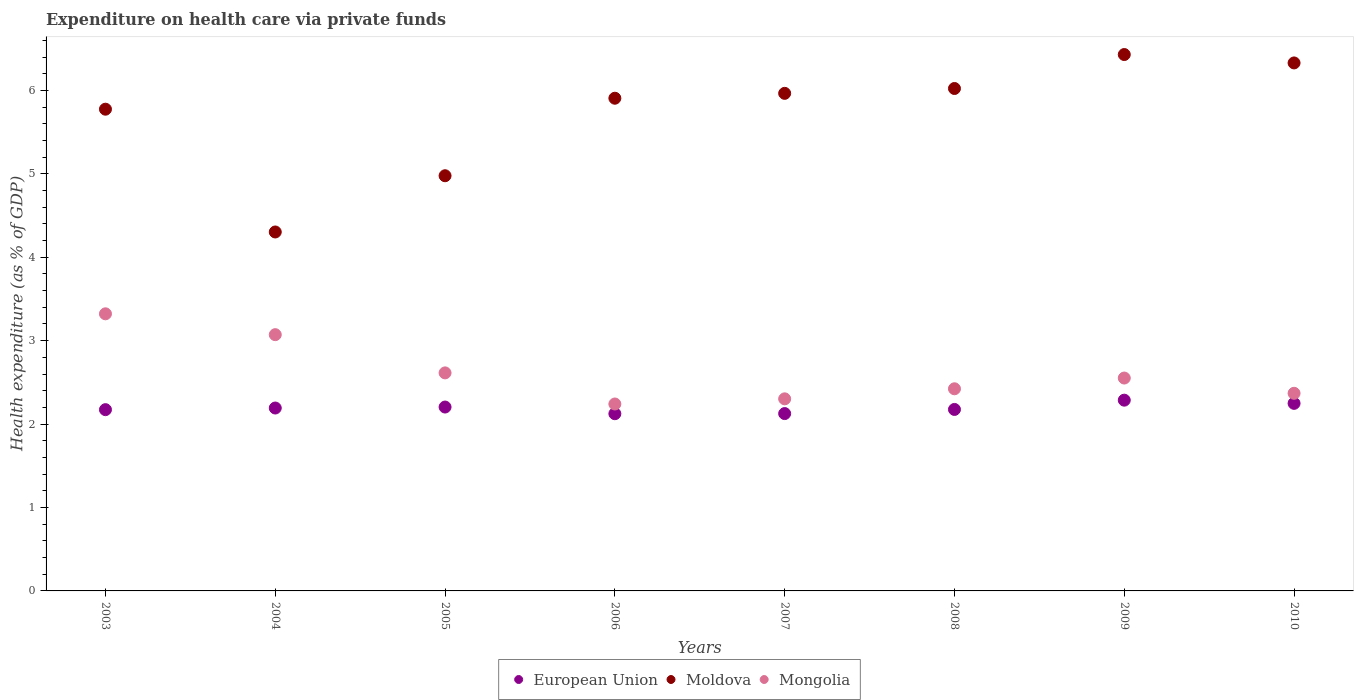
| Years | European Union | Moldova | Mongolia |
 | --- | --- | --- | --- |
 | 2003 | 2.17 | 5.78 | 3.32 |
 | 2004 | 2.19 | 4.3 | 3.07 |
 | 2005 | 2.2 | 4.98 | 2.61 |
 | 2006 | 2.12 | 5.91 | 2.24 |
 | 2007 | 2.13 | 5.96 | 2.3 |
 | 2008 | 2.18 | 6.02 | 2.42 |
 | 2009 | 2.29 | 6.43 | 2.55 |
 | 2010 | 2.25 | 6.33 | 2.37 |